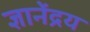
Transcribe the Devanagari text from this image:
ज्ञानेंद्रय